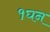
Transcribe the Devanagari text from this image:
१घन